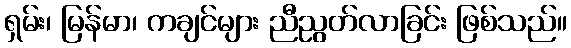
ရှမ်း၊ မြန်မာ၊ ကချင်များ ညီညွတ်လာခြင်း ဖြစ်သည်။